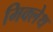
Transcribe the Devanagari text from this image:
मिक्लेथ